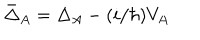
\bar { \Delta } _ { A } = \Delta _ { A } - ( i / \hbar ) V _ { A }